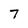
Character: 7